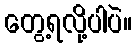
တွေ့ရလို့ပါပဲ။